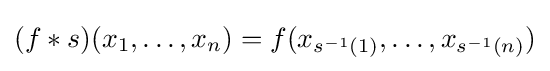
(f*s)(x_{1},\ldots ,x_{n})=f(x_{s^{-1}(1)},\ldots ,x_{s^{-1}(n)})